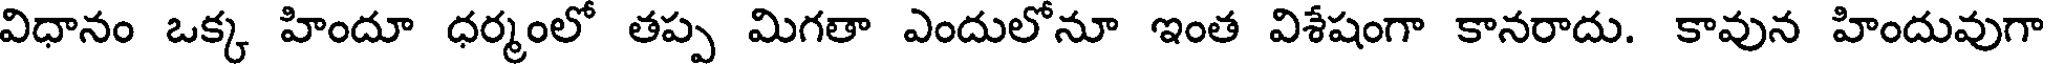
విధానం ఒక్క హిందూ ధర్మంలో తప్ప మిగతా ఎందులోనూ ఇంత విశేషంగా కానరాదు. కావున హిందువుగా